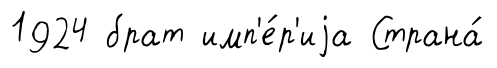
1924 брат имп'е́р'иjа Страна́